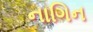
નાગિન